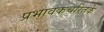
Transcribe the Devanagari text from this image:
प्रभावकचरितके